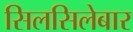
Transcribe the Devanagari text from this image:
सिलसिलेबार